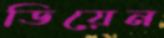
ডিয়েন